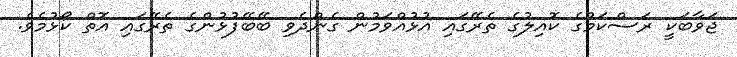
ޖަވާބަކީ ރަސްކަމުގެ ކޮއިލުގެ ތެރޭގައި އުޅުއްވަމުން ގެންދެވި ބޭބޭފުޅުންގެ ތެރޭގައި އޮތް ކޯޅުމެވެ.